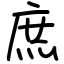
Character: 庶